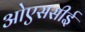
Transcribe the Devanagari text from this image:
ओएससीई